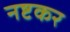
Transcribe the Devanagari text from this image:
नष्टकर